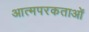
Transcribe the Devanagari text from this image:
आत्मपरकताओं